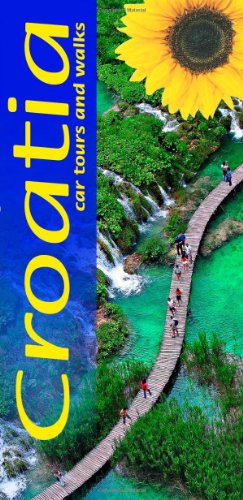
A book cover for Croatia Landscape Series; Sunflower Books; Travel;